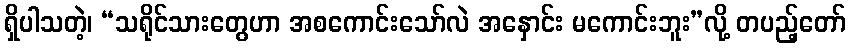
ရှိပါသတဲ့၊ “သရိုင်သားတွေဟာ အစကောင်းသော်လဲ အနှောင်း မကောင်းဘူး”လို့ တပည့်တော်